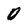
Character: 0